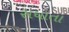
સધાતા